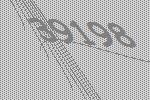
39198